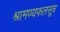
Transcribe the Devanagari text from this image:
श्रामण्यफलसूत्र